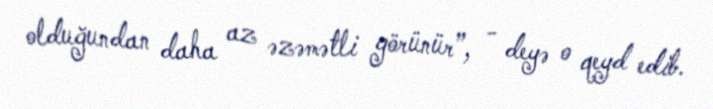
olduğundan daha az əzəmətli görünür”, - deyə o qeyd edib.